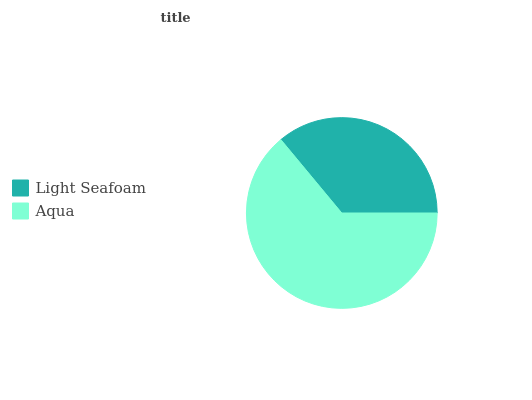
| Light Seafoam | Aqua |
 | --- | --- |
 | 36% | 64% |